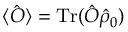
\langle \hat { O } \rangle = \mathrm { T r } ( \hat { O } \hat { \rho } _ { 0 } )